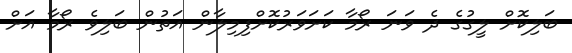
ބަލިކޮށް ލީގުގެ ދެ ވަނަ ރޯމާ ކަށަވަރުކޮށްފިމިލާން އަތުން ބަލިވެ ރޯމާ އަށް